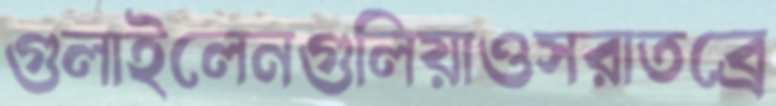
গুলাইলেনগুলিয়াওসরাতব্রে